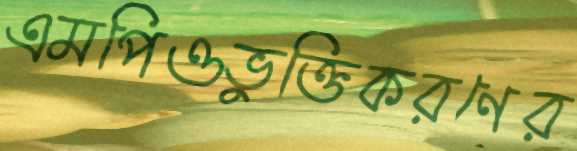
এমপিওভুক্তিকরণের